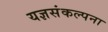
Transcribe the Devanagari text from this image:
यज्ञसंकल्पना